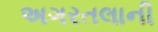
અગરતલાની